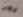
يجب